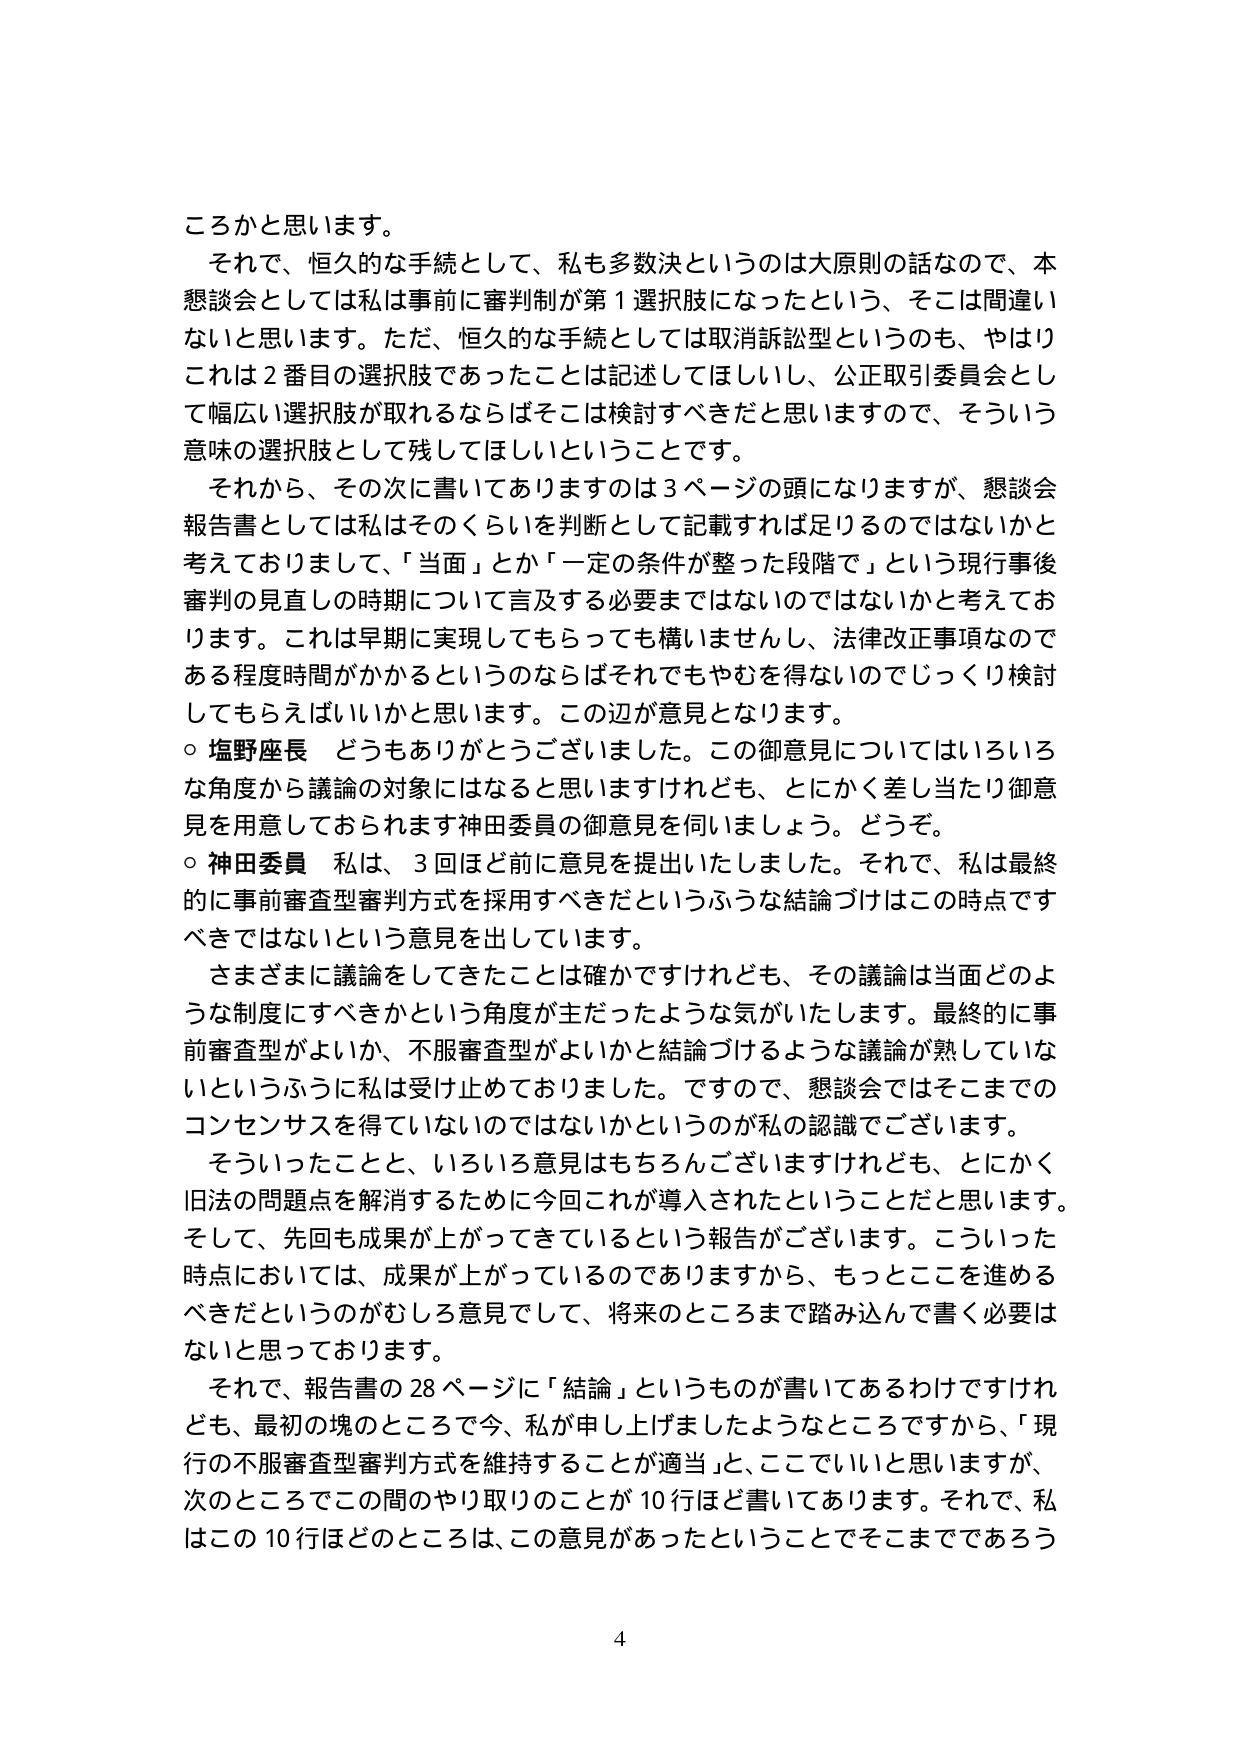
ころかと思います。

それで、恒久的な手続として、私も多数決というのは大原則の話なので、本懇談会としては私は事前に審判制が第１選択肢になったという、そこは間違いないと思います。ただ、恒久的な手続としては取消訴訟型というのも、やはりこれは２番目の選択肢であったことは記述してほしいし、公正取引委員会として幅広い選択肢が取れるならばそこは検討すべきだと思いますので、そういう意味の選択肢として残してほしいということです。

それから、その次に書いてありますのは３ページの頭になりますが、懇談会報告書としては私はそのくらいを判断として記載すれば足りるのではないかと考えておりまして、「当面」とか「一定の条件が整った段階で」という現行事後審判の見直しの時期について言及する必要まではないのではないかと考えております。これは早期に実現してもらっても構いませんし、法律改正事項なのである程度時間がかかるというのならばそれでもやむを得ないのでじっくり検討してもらえばいいかと思います。この辺が意見となります。

○ 塩野座長 どうもありがとうございました。この御意見についてはいろいろな角度から議論の対象にはなると思いますけれども、とにかく差し当たり御意見を用意しておられます神田委員の御意見を伺いましょう。どうぞ。

○ 神田委員 私は、３回ほど前に意見を提出いたしました。それで、私は最終的に事前審査型審判方式を採用すべきだというふうな結論づけはこの時点ですべきではないという意見を出しています。

さまざまに議論をしてきたことは確かですけれども、その議論は当面どのような制度にすべきかという角度が主だったような気がいたします。最終的に事前審査型がよいか、不服審査型がよいかと結論づけるような議論が熟していないというふうに私は受け止めておりました。ですので、懇談会ではそこまでのコンセンサスを得ていないのではないかというのが私の認識でございます。

そういったことと、いろいろ意見はもちろんですがけれども、とにかく旧法の問題点を解消するために今回これが導入されたということだと思います。そして、先回も成果が上がってきているという報告がございます。こういった時点においては、成果が上がっているのでありますから、もっとここを進めるべきだというのがむしろ意見として、将来のところまで踏み込んで書く必要はないと思っております。

それで、報告書の28ページに「結論」というものが書いてあるわけですがけれども、最初の塊のところで今、私が申し上げましたようなところですから、「現行の不服審査型審判方式を維持することが適当」と、ここでいいと思いますが、次のところでこの間のやり取りのことが10行ほど書いてあります。それで、私はこの10行ほどのところは、この意見があったということでそこまでであろう

4